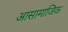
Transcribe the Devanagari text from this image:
आसामाजिक